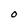
Character: O